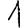
Digit: 1